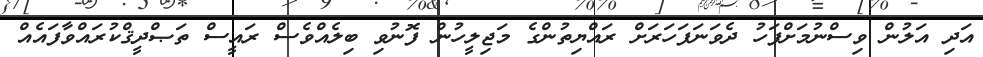
އަދި އަލުން ވިސްނުމަށްފަހު ދެވަނަފަހަރަށް ރައްޔިތުންގެ މަޖިލީހުން ފޮނުވި ބިލެއްވެސް ރައީސް ތަޞްދީޤްކުރައްވާފައެއް